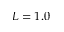
L = 1 . 0